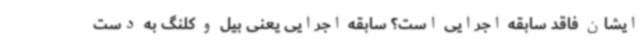
ایشان فاقد سابقه اجرایی است؟ سابقه اجرایی یعنی بیل و کلنگ به دست